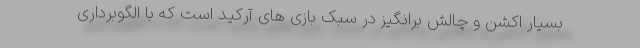
بسیار اکشن و چالش برانگیز در سبک بازی های آرکید است که با الگوبرداری